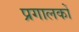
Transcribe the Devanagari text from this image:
प्रगालकों